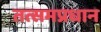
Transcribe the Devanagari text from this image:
तत्समप्रधान